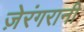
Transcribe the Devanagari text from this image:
ज़ेरंगरानी